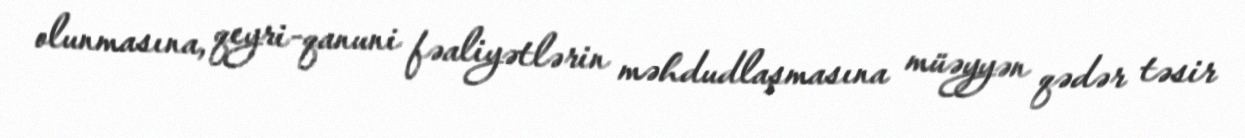
olunmasına, qeyri-qanuni fəaliyətlərin məhdudlaşmasına müəyyən qədər təsir